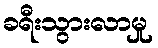
ခရီးသွားလာမှု